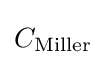
C_{\text{Miller}}